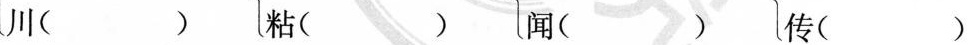
川（） 粘（） 闻（） 传（）